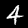
Digit: 4